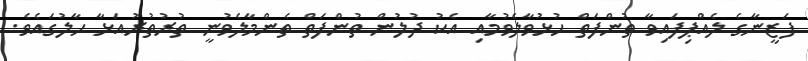
ފަޒީނާގެ ލެއްޕިފައިވާ ތުންފަތް ހުޅުވާލެވުމާއި އެކު ދުލުން ތުންފަތް ތެންމާލެވުނީ ތުރުތުރުއަޅާ ޙާލުގައެވެ.